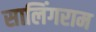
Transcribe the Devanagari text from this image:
सालिंगराम